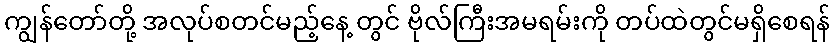
ကျွန်တော်တို့ အလုပ်စတင်မည့်နေ့ တွင် ဗိုလ်ကြီးအမရမ်းကို တပ်ထဲတွင်မရှိစေရန်